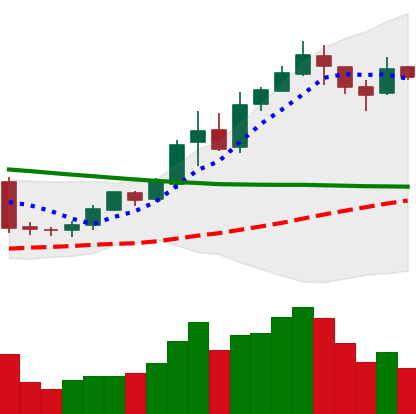
Ticker: BNB-USD
Chart end date: 2019-02-16
Forward return: 14.937%
Label: up_7plus